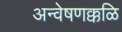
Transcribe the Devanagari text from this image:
अन्वेषणक्कळि